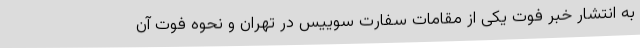
به انتشار خبر فوت یکی از مقامات سفارت سوییس در تهران و نحوه فوت آن